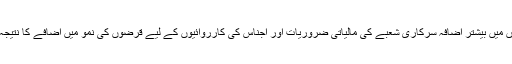
اثاثوں میں بیشتر اضافہ سرکاری شعبے کی مالیاتی ضروریات اور اجناس کی کارروائیوں کے لیے قرضوں کی نمو میں اضافے کا نتیجہ تھا۔